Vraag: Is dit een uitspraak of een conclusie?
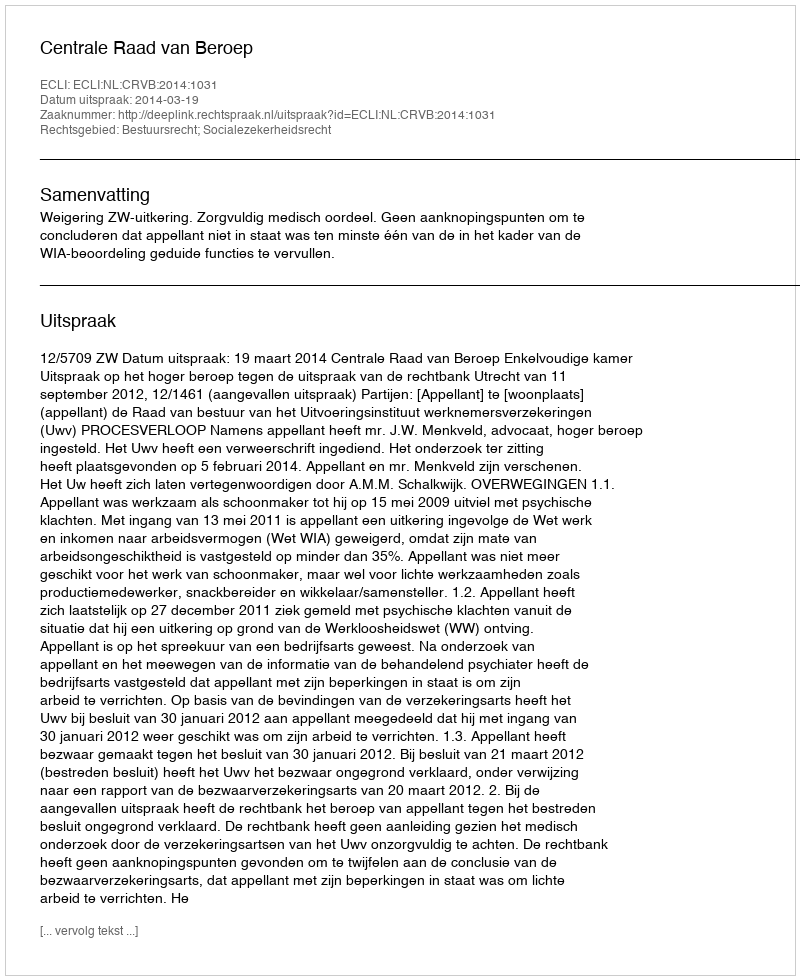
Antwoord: Uitspraak